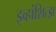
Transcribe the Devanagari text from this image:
इव्हांशित्झ